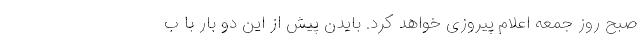
صبح روز جمعه اعلام پیروزی خواهد کرد. بایدن پیش از این دو بار با ب